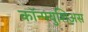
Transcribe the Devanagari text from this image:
कॉन्फ्युशिअस